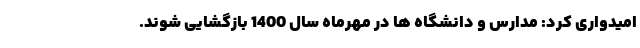
امیدواری کرد: مدارس و دانشگاه ها در مهرماه سال 1400 بازگشایی شوند.